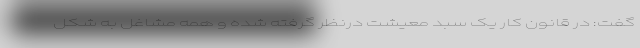
گفت: در قانون کار یک سبد معیشت درنظر گرفته شده و همه مشاغل به شکل